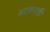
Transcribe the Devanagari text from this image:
भटकाती